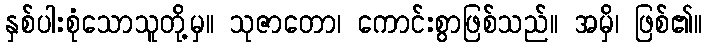
နှစ်ပါးစုံသောသူတို့မှ။ သုဇာတော၊ ကောင်းစွာဖြစ်သည်။ အမှိ၊ ဖြစ်၏။